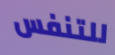
للتنفس